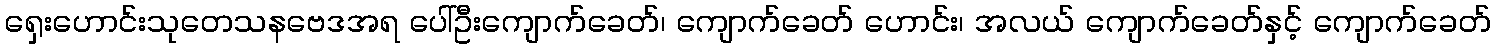
ရှေးဟောင်းသုတေသနဗေဒအရ ပေါ်ဦးကျောက်ခေတ်၊ ကျောက်ခေတ် ဟောင်း၊ အလယ် ကျောက်ခေတ်နှင့် ကျောက်ခေတ်